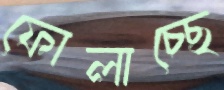
ফোলাচ্ছে